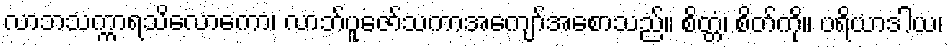
လာဘသက္ကာရသိလောကော၊ လာဘ်ပူဇော်သကာအကျော်အစောသည်။ စိတ္တံ၊ စိတ်ကို။ ပရိယာဒါယ၊